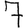
Digit: 7